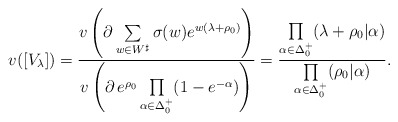
\begin{align*}v([V_\lambda]) =\frac{v \left( \partial\sum\limits_{w\in W^\sharp}\sigma(w) e^{w(\lambda+\rho_0)}\right)}{v\left(\partial\, e^{\rho_0}\prod\limits_{\alpha\in\Delta_0^+}(1-e^{-\alpha})\right)} =\frac{\prod\limits_{\alpha\in\Delta_0^+}(\lambda+\rho_0|\alpha)}{\prod\limits_{\alpha\in\Delta_0^+}(\rho_0|\alpha)}.\end{align*}